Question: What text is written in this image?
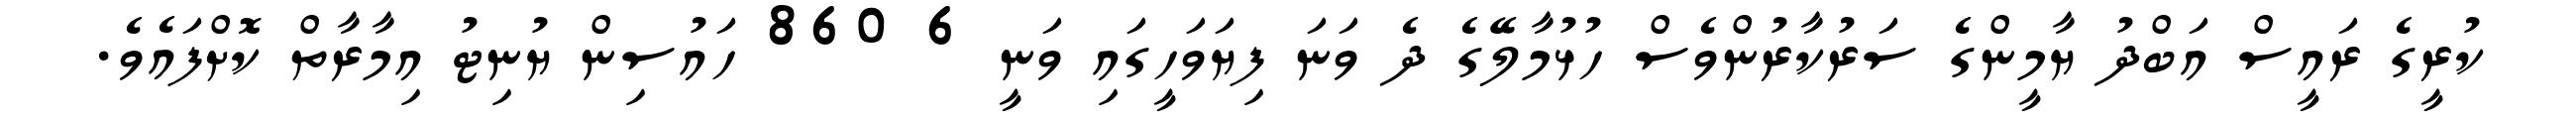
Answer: ކުރީގެ ރައީސް އަބްދު ޔާމީންގެ ސަރުކާރުންވެސް ހުޅުމާލޭގެ ދެ ވަނަ ފިޔަވަހީގައި ވަނީ 6 860 ހައުސިން ޔުނިޓު އިމާރާތް ކޮށްފައެވެ.